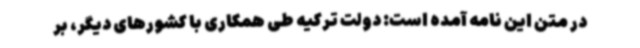
در متن این نامه آمده است: دولت ترکیه طی همکاری با کشورهای دیگر، بر